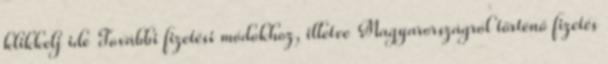
klikkelj ide További fizetési módokhoz, illetve Magyarországról történő fizetés